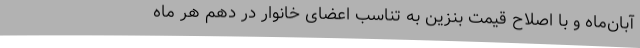
آبان‌ماه و با اصلاح قیمت بنزین به تناسب اعضای خانوار در دهم هر ماه